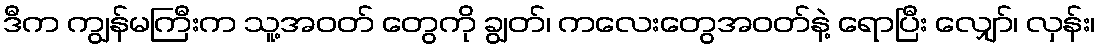
ဒီက ကျွန်မကြီးက သူ့အဝတ် တွေကို ချွတ်၊ ကလေးတွေအဝတ်နဲ့ ရောပြီး လျှော်၊ လှန်း၊